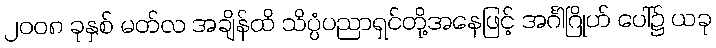
၂၀၀၈ ခုနှစ် မတ်လ အချိန်ထိ သိပ္ပံပညာရှင်တို့အနေဖြင့် အင်္ဂါဂြိုဟ် ပေါ်၌ ယခု